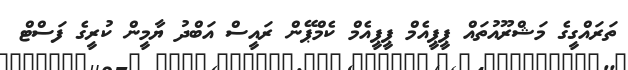
ތަރައްގީގެ މަޝްރޫއުތައް ޕީޕީއެމް ޕީޕީއެމް ކެމްޕޭން ރައީސް އަބްދު ޔާމީން ކުރީގެ ފަސްޓް